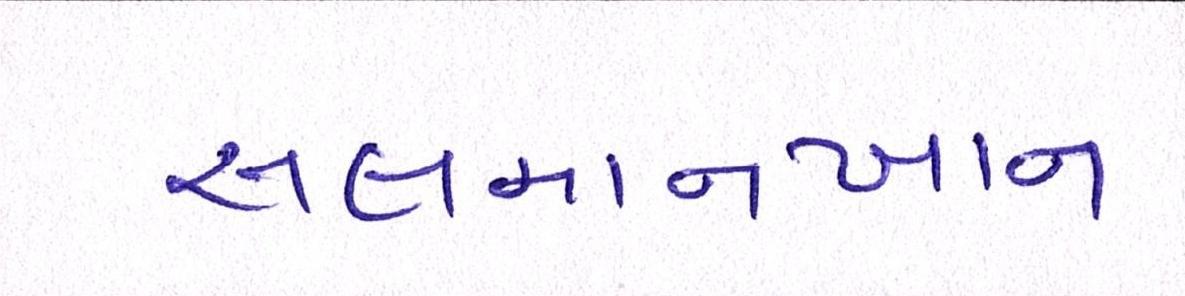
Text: સલમાનખાન